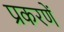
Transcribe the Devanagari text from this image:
प्रकरणें